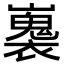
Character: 㠢